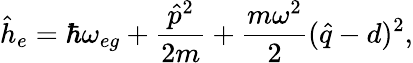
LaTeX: \hat{h}_{e}=\hbar\omega_{eg}+\frac{\hat{p}^{2}}{2m}+\frac{m\omega^{2}}{2}(\hat{q}-d)^{2},